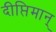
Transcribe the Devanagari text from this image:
दीप्तिमान्